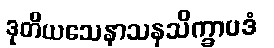
ဒုတိယသေနာသနသိက္ခာပဒံ